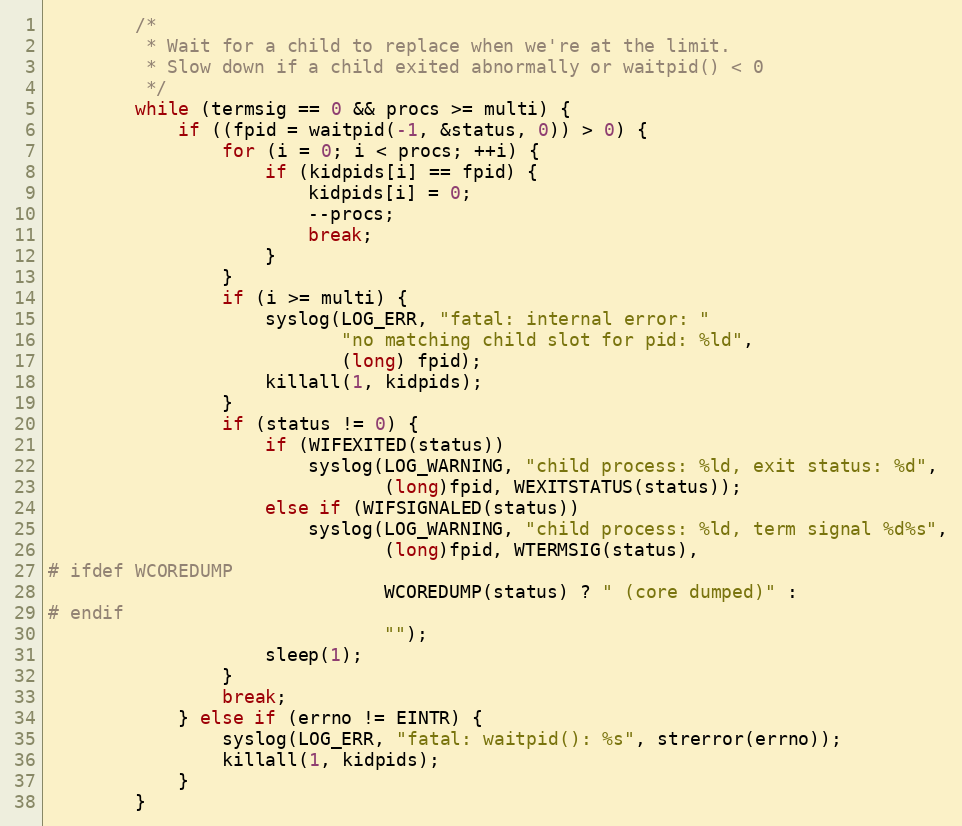
Language: C
        /*
         * Wait for a child to replace when we're at the limit.
         * Slow down if a child exited abnormally or waitpid() < 0
         */
        while (termsig == 0 && procs >= multi) {
            if ((fpid = waitpid(-1, &status, 0)) > 0) {
                for (i = 0; i < procs; ++i) {
                    if (kidpids[i] == fpid) {
                        kidpids[i] = 0;
                        --procs;
                        break;
                    }
                }
                if (i >= multi) {
                    syslog(LOG_ERR, "fatal: internal error: "
                           "no matching child slot for pid: %ld",
                           (long) fpid);
                    killall(1, kidpids);
                }
                if (status != 0) {
                    if (WIFEXITED(status))
                        syslog(LOG_WARNING, "child process: %ld, exit status: %d",
                               (long)fpid, WEXITSTATUS(status));
                    else if (WIFSIGNALED(status))
                        syslog(LOG_WARNING, "child process: %ld, term signal %d%s",
                               (long)fpid, WTERMSIG(status),
# ifdef WCOREDUMP
                               WCOREDUMP(status) ? " (core dumped)" :
# endif
                               "");
                    sleep(1);
                }
                break;
            } else if (errno != EINTR) {
                syslog(LOG_ERR, "fatal: waitpid(): %s", strerror(errno));
                killall(1, kidpids);
            }
        }